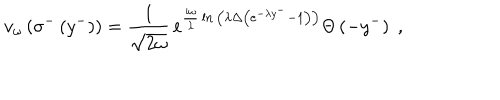
v _ { \omega } \left( \sigma ^ { - } \left( y ^ { - } \right) \right) = { \frac { 1 } { \sqrt { 2 \omega } } } \, e ^ { { \frac { i \omega } { \lambda } } \ln { \left( \lambda \Delta \left( e ^ { - \lambda y ^ { - } } - 1 \right) \right) } } \Theta \left( - y ^ { - } \right) \; ,